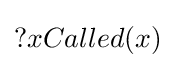
?xCalled(x)